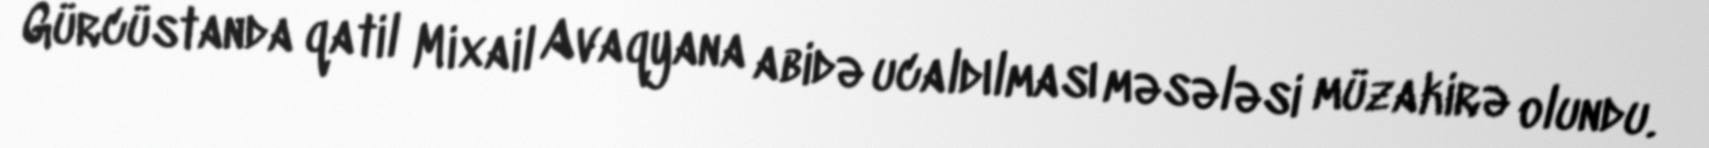
Gürcüstanda qatil Mixail Avaqyana abidə ucaldılması məsələsi müzakirə olundu.